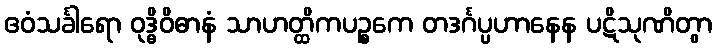
ဧဝံသင်္ခါရော ဝုဒ္ဓိဝိဓာနံ သာဟတ္ထိကပဉ္စကေ တဒင်္ဂပ္ပဟာနေန ပဋိသုဏိတွာ